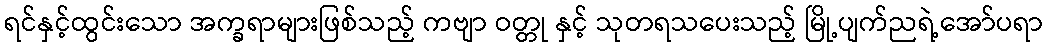
ရင်နှင့်ထွင်းသော အက္ခရာများဖြစ်သည့် ကဗျာ ဝတ္တု နှင့် သုတရသပေးသည့် မြို့ပျက်ညရဲ့အော်ပရာ